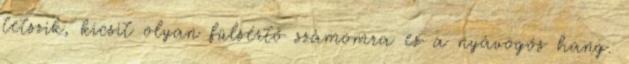
tetszik, kicsit olyan fülsértő számomra ez a nyávogós hang.